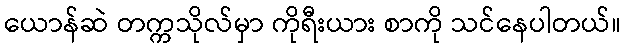
ယောန်ဆဲ တက္ကသိုလ်မှာ ကိုရီးယား စာကို သင်နေပါတယ်။